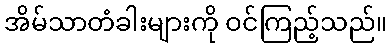
အိမ်သာတံခါးများကို ဝင်ကြည့်သည်။